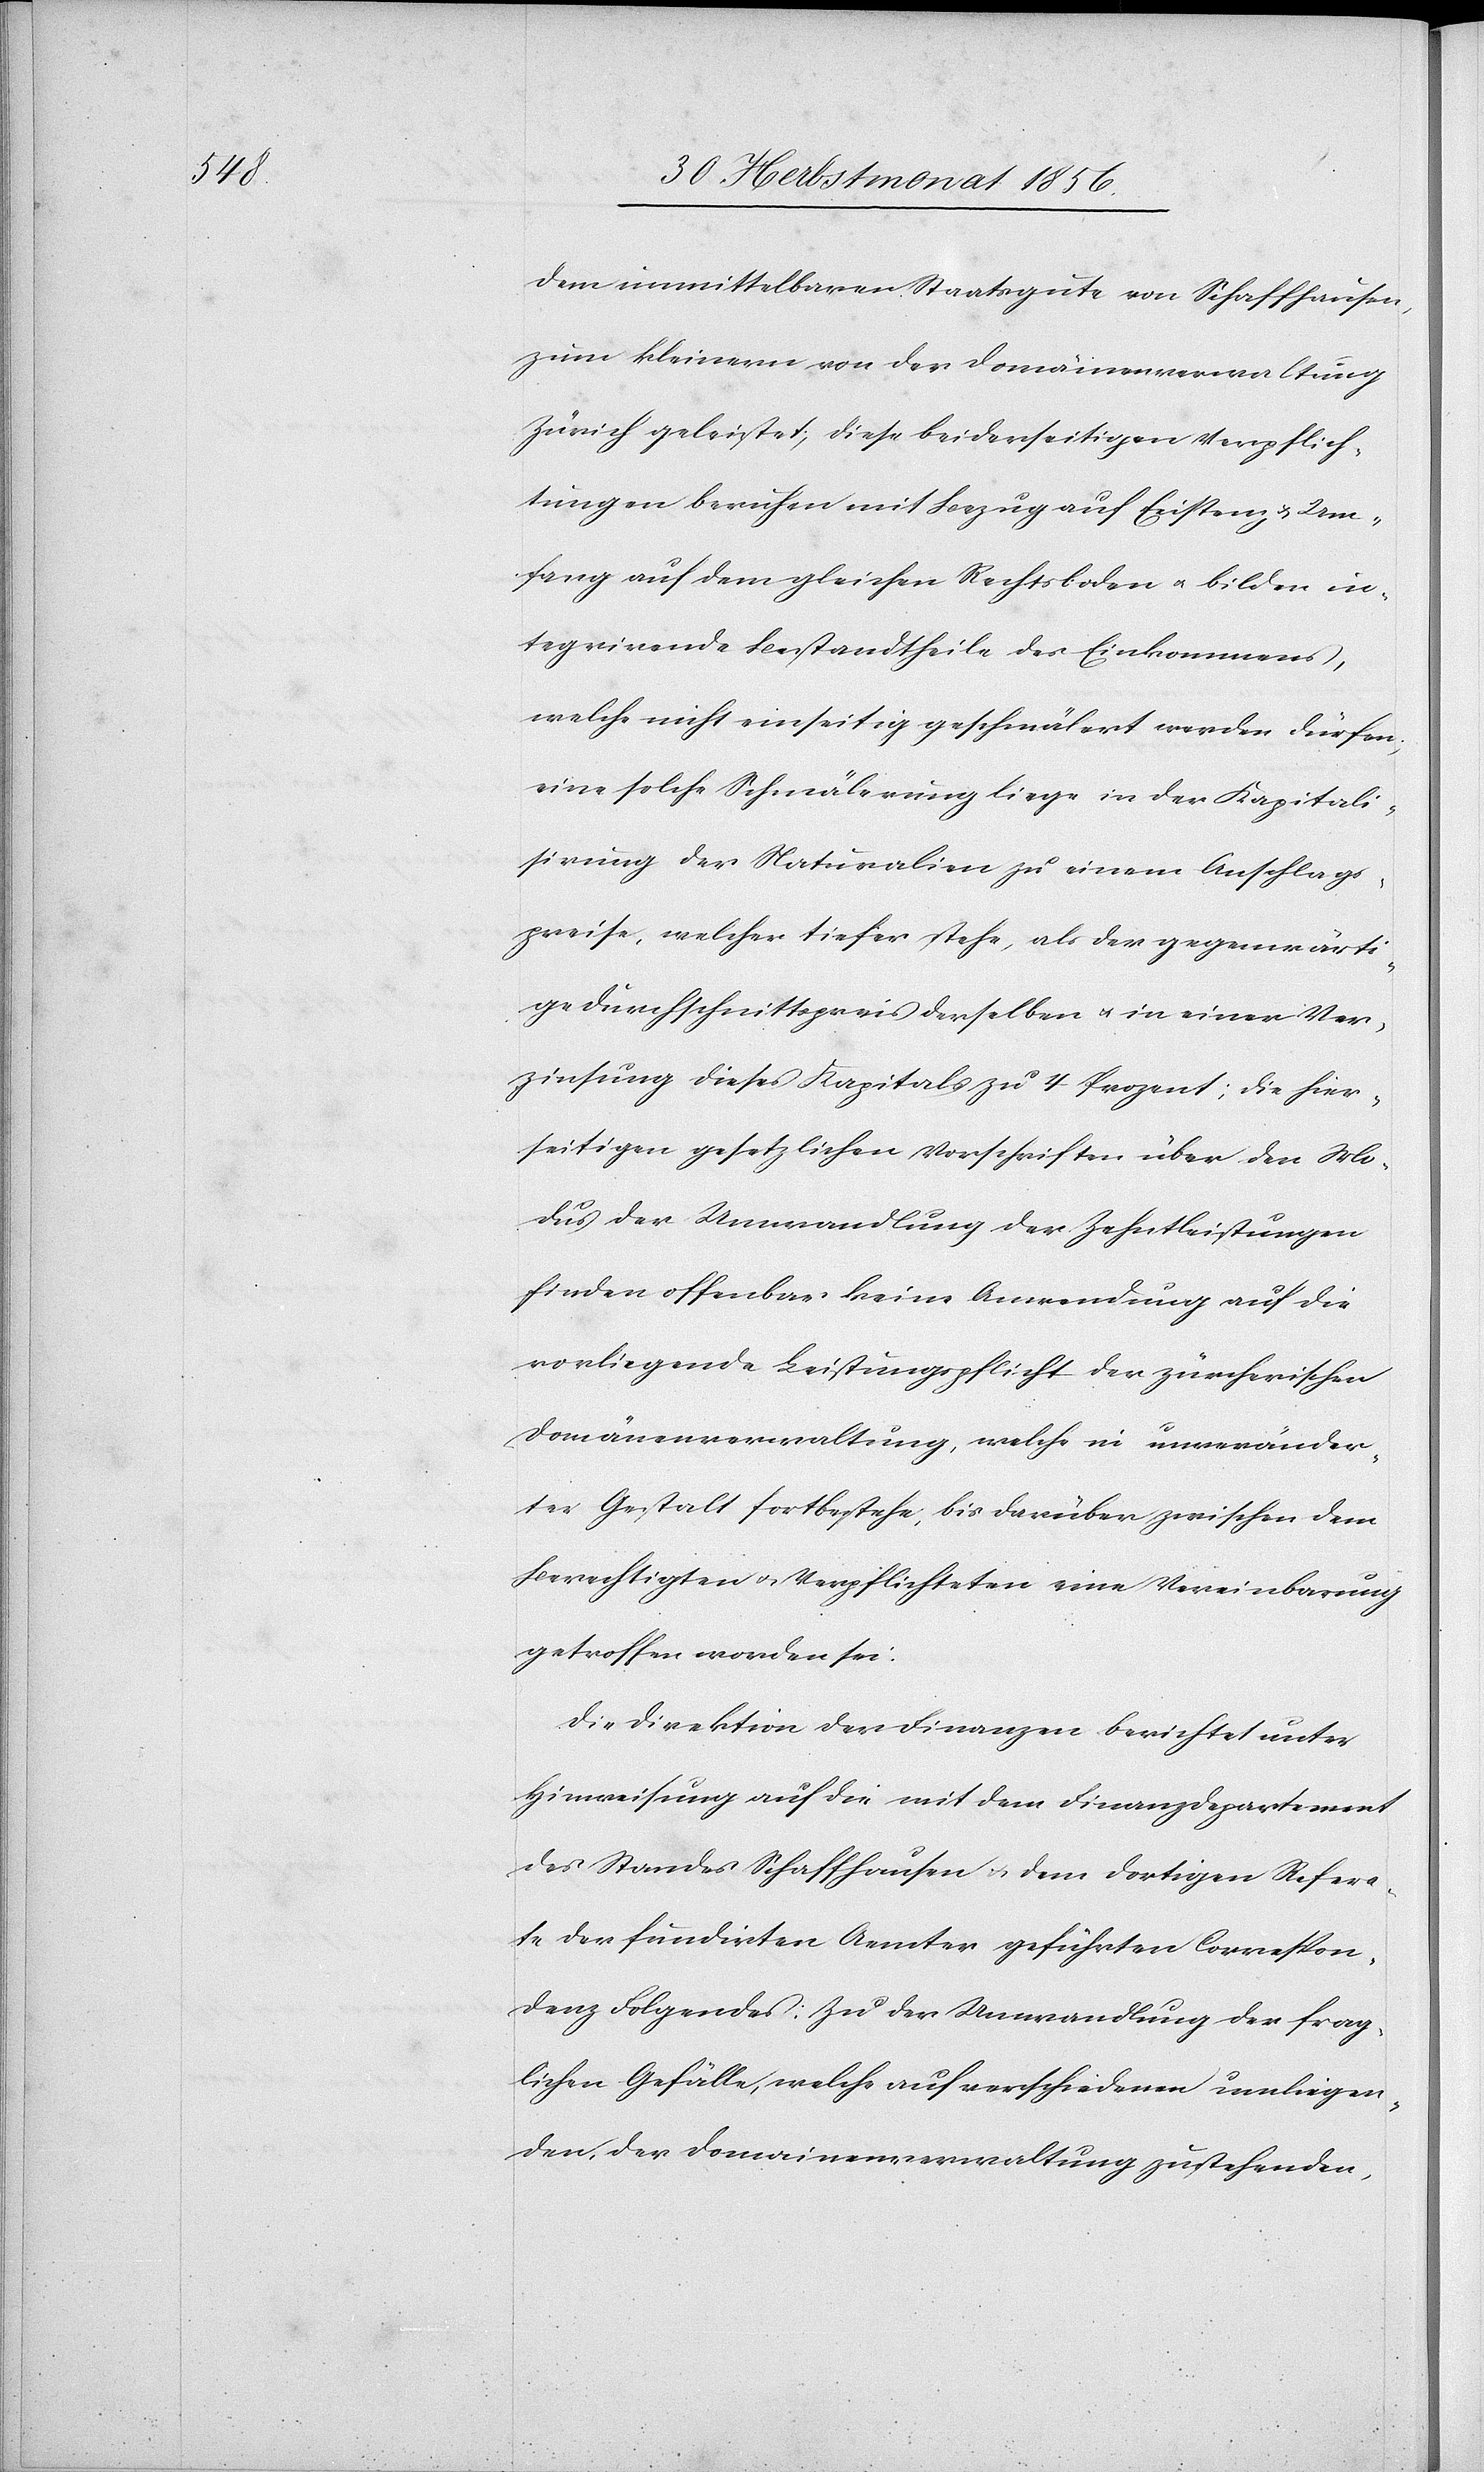
dem unmittelbaren Staatsgute von Schaffhausen,
zum kleinern von der Domainenverwaltung
Zürich geleistet, diese beiderseitigen Verpflich¬
tungen beruhen mit Bezug auf Existenz & Um¬
fang auf dem gleichen Rechtsboden u. bilden in¬
tegrirende Bestandtheile des Einkommens,
welche nicht einseitig geschmälert werden dürfen;
eine solche Schmälerung liege in der Kapitali¬
sirung der Naturalien zu einem Anschlags¬
preise, welcher tiefer stehe, als der gegenwärti¬
ge Durchschnittspreis derselben u. in einer Ver¬
zinsung dieses Kapitals zu 4 Prozent; die hier¬
seitigen gesetzlichen Vorschriften über den Mo¬
dus der Umwandlung der Zehntleistungen
finden offenbar keine Anwendung auf die
vorliegende Leistungspflicht der zürcherischen
Domänenverwaltung, welche in unveränder¬
ter Gestalt fortbestehe, bis darüber zwischen dem
Berechtigten u. Verpflichteten eine Vereinbarung
getroffen worden sei.
Die Direktion der Finanzen berichtet unter
Hinweisung auf die mit dem Finanzdepartement
des Standes Schaffhausen u. dem dortigen Refera¬
te der fundirten Aemter geführten Correspon¬
denz Folgendes: Zu der Umwandlung der frag¬
lichen Gefälle, welche auf verschiedenen umliegen¬
den, der Domainenverwaltung zustehenden,